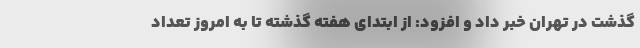
گذشت در تهران خبر داد و افزود: از ابتدای هفته گذشته تا به امروز تعداد